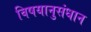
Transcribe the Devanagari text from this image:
विषयानुसंधान